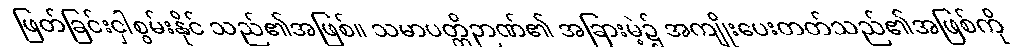
ဖြတ်ခြင်းငှါစွမ်းနိုင် သည်၏အဖြစ်။ သမာပတ္တိဉာဏ်၏ အခြားမဲ့၌ အကျိုးပေးတတ်သည်၏အဖြစ်ကို